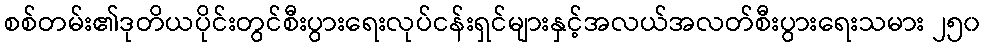
စစ်တမ်း၏ဒုတိယပိုင်းတွင်စီးပွားရေးလုပ်ငန်းရှင်များနှင့်အလယ်အလတ်စီးပွားရေးသမား ၂၅၀